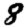
Digit: 8